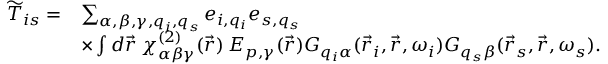
\begin{array} { r l } { \widetilde { T } _ { i s } = } & { \sum _ { \alpha , \beta , \gamma , q _ { i } , q _ { s } } e _ { i , q _ { i } } e _ { s , q _ { s } } } \\ & { \times \int d \vec { r } \: \chi _ { \alpha \beta \gamma } ^ { ( 2 ) } ( \vec { r } ) \: E _ { p , \gamma } ( \vec { r } ) G _ { q _ { i } \alpha } ( \vec { r } _ { i } , \vec { r } , \omega _ { i } ) G _ { q _ { s } \beta } ( \vec { r } _ { s } , \vec { r } , \omega _ { s } ) . } \end{array}